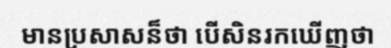
មានប្រសាសន៏ថា បើសិនរកឃើញថា